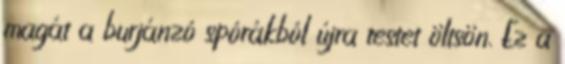
magát a burjánzó spórákból újra testet öltsön. Ez a